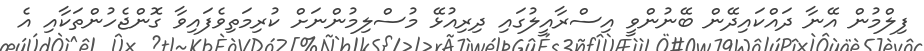
ފިލްމުން އޭނާ ދައްކައިދޭން ބޭނުންވީ އިސްރާއީލުގައި ދިރިއުޅޭ މުސްލިމުންނަށް ކުރިމަތިވެފައިވާ ގޮންޖެހުންތަކާއި އެ